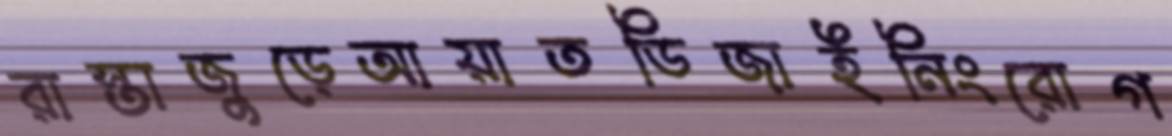
রাস্তাজুড়েআয়াতডিজাইনিংরোগ